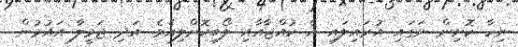
ނިހާ ކޮށިން ނަގައި އުރައިލައި އެ ކުއްޖާއާއި ލޯބިކޮށްލިއެވެ. އަދި ޖަމީލާ އައުމުން